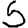
Digit: 5